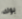
بوك